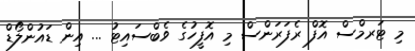
މި ޓަރމްސް އޮފް ރެފަރަންސް މި އޮފީހުގެ ވެބްސައިޓު ... އިން ޑައުންލޯޑް